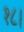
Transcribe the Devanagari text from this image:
१८।